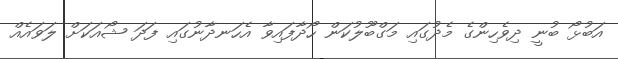
އަބުޅޯ ބުނީ ދިވެހިންގެ މެދުގައި މަގްބޫލުކަން ހޯދާފައިވާ އެހަނދާނުގައި ފަދަ ޝޯއަކަށް ލަވައެއް